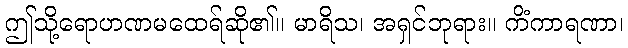
ဤသို့ရောဟဏမထေရ်ဆို၏။ မာရိသ၊ အရှင်ဘုရား။ ကိံကာရဏာ၊